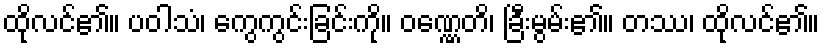
ထိုလင်၏။ ပဝါသံ၊ ကွေကွင်းခြင်းကို။ ဝဏ္ဏေတိ၊ ခြီးမွမ်း၏။ တဿ၊ ထိုလင်၏။